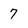
Character: 7